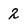
Character: 2